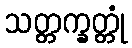
သတ္တက္ခတ္တုံ